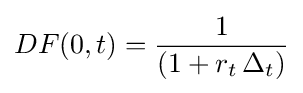
DF(0,t)={\frac {1}{(1+r_{t}\,\Delta _{t})}}